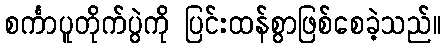
စင်္ကာပူတိုက်ပွဲကို ပြင်းထန်စွာဖြစ်စေခဲ့သည်။